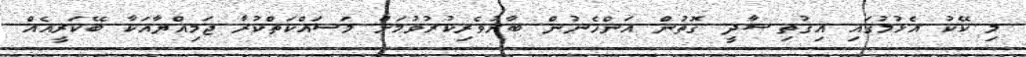
މި ކޭކު އެޅުމުގައި އިޤުތިޞާދީ ގޮތުން އަންހެނުން ބާރުވެރިކުރުވުމަށް މަސައްކަތްކުރާ ޖަމިއްޔާއަކާ ބޭކަރީއެއް